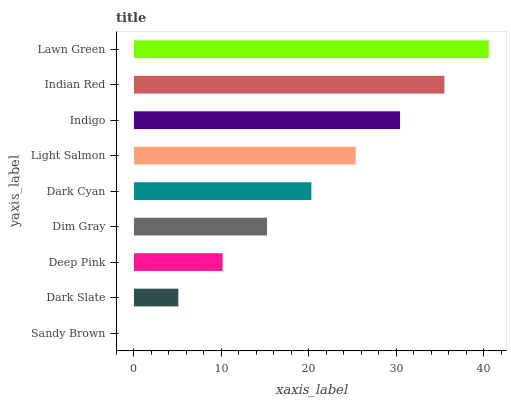
| yaxis_label | bars |
 | --- | --- |
 | Sandy Brown | 0 |
 | Dark Slate | 5.07 |
 | Deep Pink | 10.1 |
 | Dim Gray | 15.2 |
 | Dark Cyan | 20.3 |
 | Light Salmon | 25.4 |
 | Indigo | 30.4 |
 | Indian Red | 35.5 |
 | Lawn Green | 40.6 |